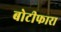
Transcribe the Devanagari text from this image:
बोटीफारा